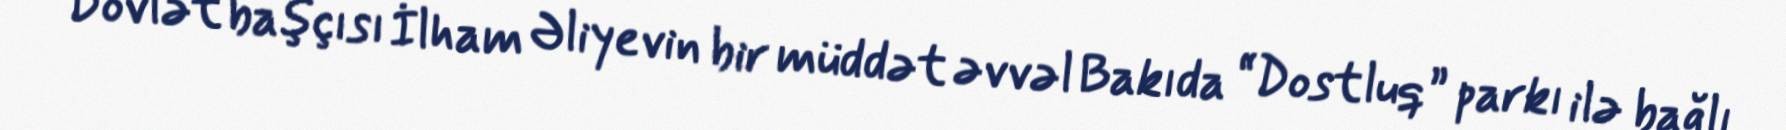
Dövlət başçısı İlham Əliyevin bir müddət əvvəl Bakıda “Dostluq” parkı ilə bağlı